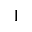
1